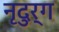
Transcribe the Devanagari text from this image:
नृदुर्ग